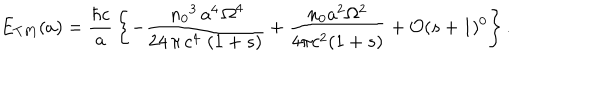
E _ { T M } ( a ) = \frac { \hbar c } { a } \, \left\{ - \frac { \, { n _ { 0 } } ^ { 3 } \, a ^ { 4 } \, { \Omega } ^ { 4 } } { 2 4 \, \pi \, c ^ { 4 } \, \left( 1 + s \right) } + \frac { n _ { 0 } a ^ { 2 } \Omega ^ { 2 } } { 4 \pi c ^ { 2 } ( 1 + s ) } + \mathcal { O } ( s + 1 ) ^ { 0 } \right\} .